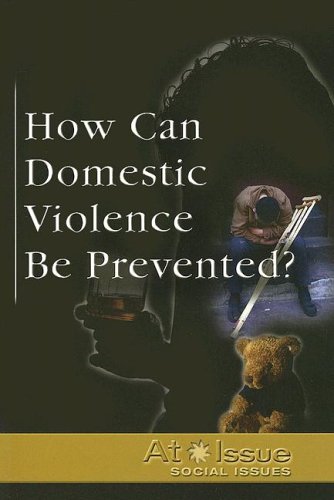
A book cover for How Can Gang Violence Be Prevented? (At Issue); Lisa Yount; Teen & Young Adult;